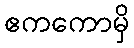
ဧကကောမှိ